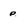
Character: p